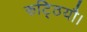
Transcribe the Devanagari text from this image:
रुट्ठियौ।